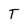
Character: T